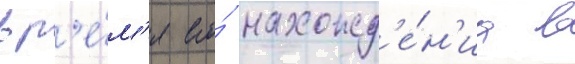
вр'е́м'я его́ нахожд'е́н'иа в